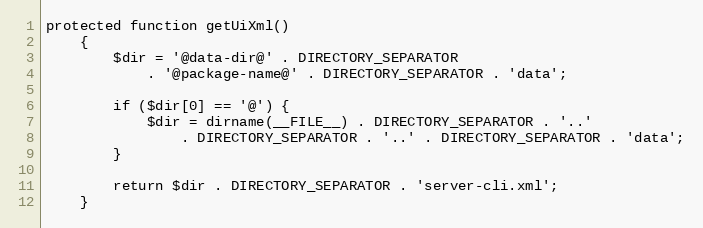
Language: PHP
protected function getUiXml()
    {
        $dir = '@data-dir@' . DIRECTORY_SEPARATOR
            . '@package-name@' . DIRECTORY_SEPARATOR . 'data';

        if ($dir[0] == '@') {
            $dir = dirname(__FILE__) . DIRECTORY_SEPARATOR . '..'
                . DIRECTORY_SEPARATOR . '..' . DIRECTORY_SEPARATOR . 'data';
        }

        return $dir . DIRECTORY_SEPARATOR . 'server-cli.xml';
    }